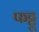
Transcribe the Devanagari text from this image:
फट्टू